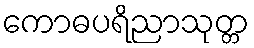
ကောဓပရိညာသုတ္တ